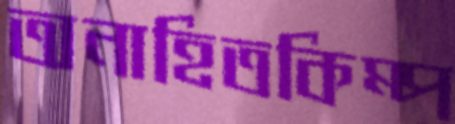
অনাহিতকিম্প